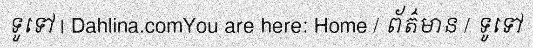
ទូទៅ | Dahlina.comYou are here: Home / ព័ត៌មាន / ទូទៅ